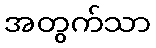
အတွက်သာ